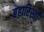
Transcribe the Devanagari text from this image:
बहारिस्ताँ